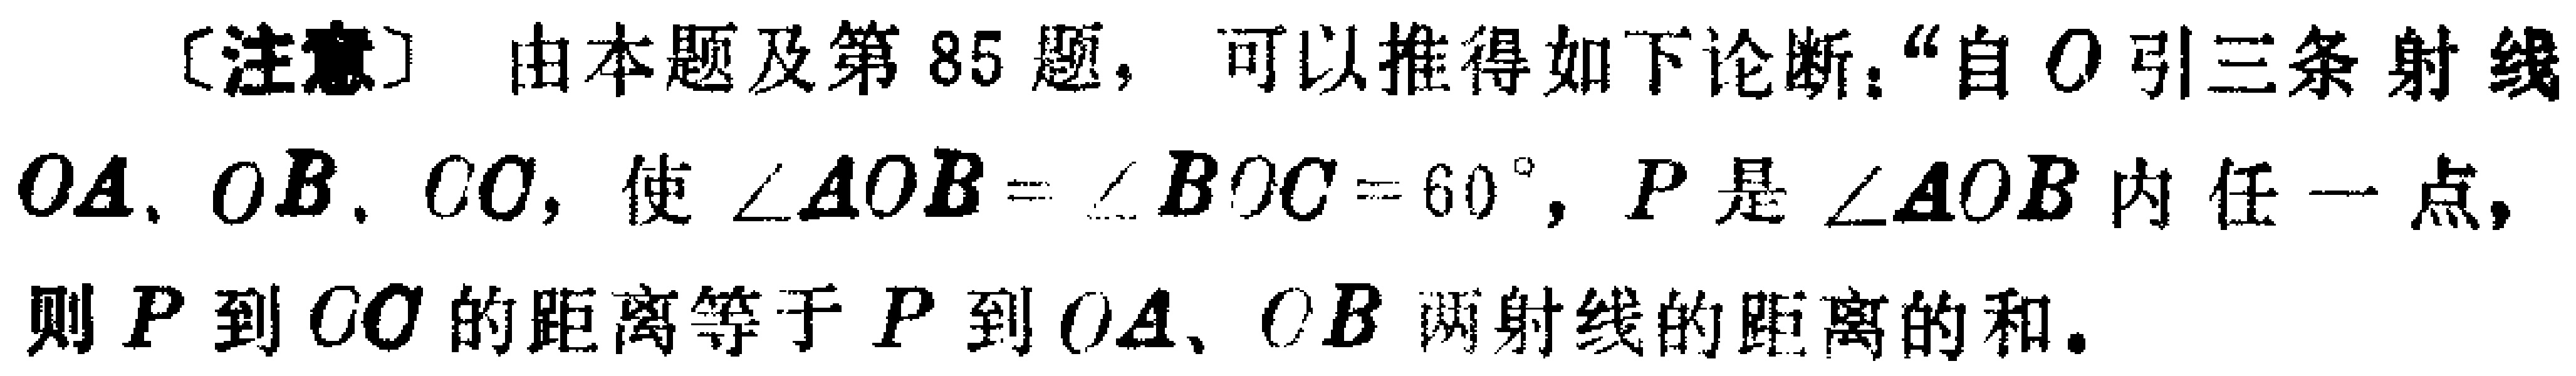
[注意] 由本题及第85题，可以推得如下论断：“自\(O\)引三条射线\(OA\)、\(OB\)、\(OC\)，使\(\angle AOB = \angle BOC = 60^{\circ}\)，\(P\)是\(\angle AOB\)内任一点，则\(P\)到\(OC\)的距离等于\(P\)到\(OA\)、\(OB\)两射线的距离的和。”